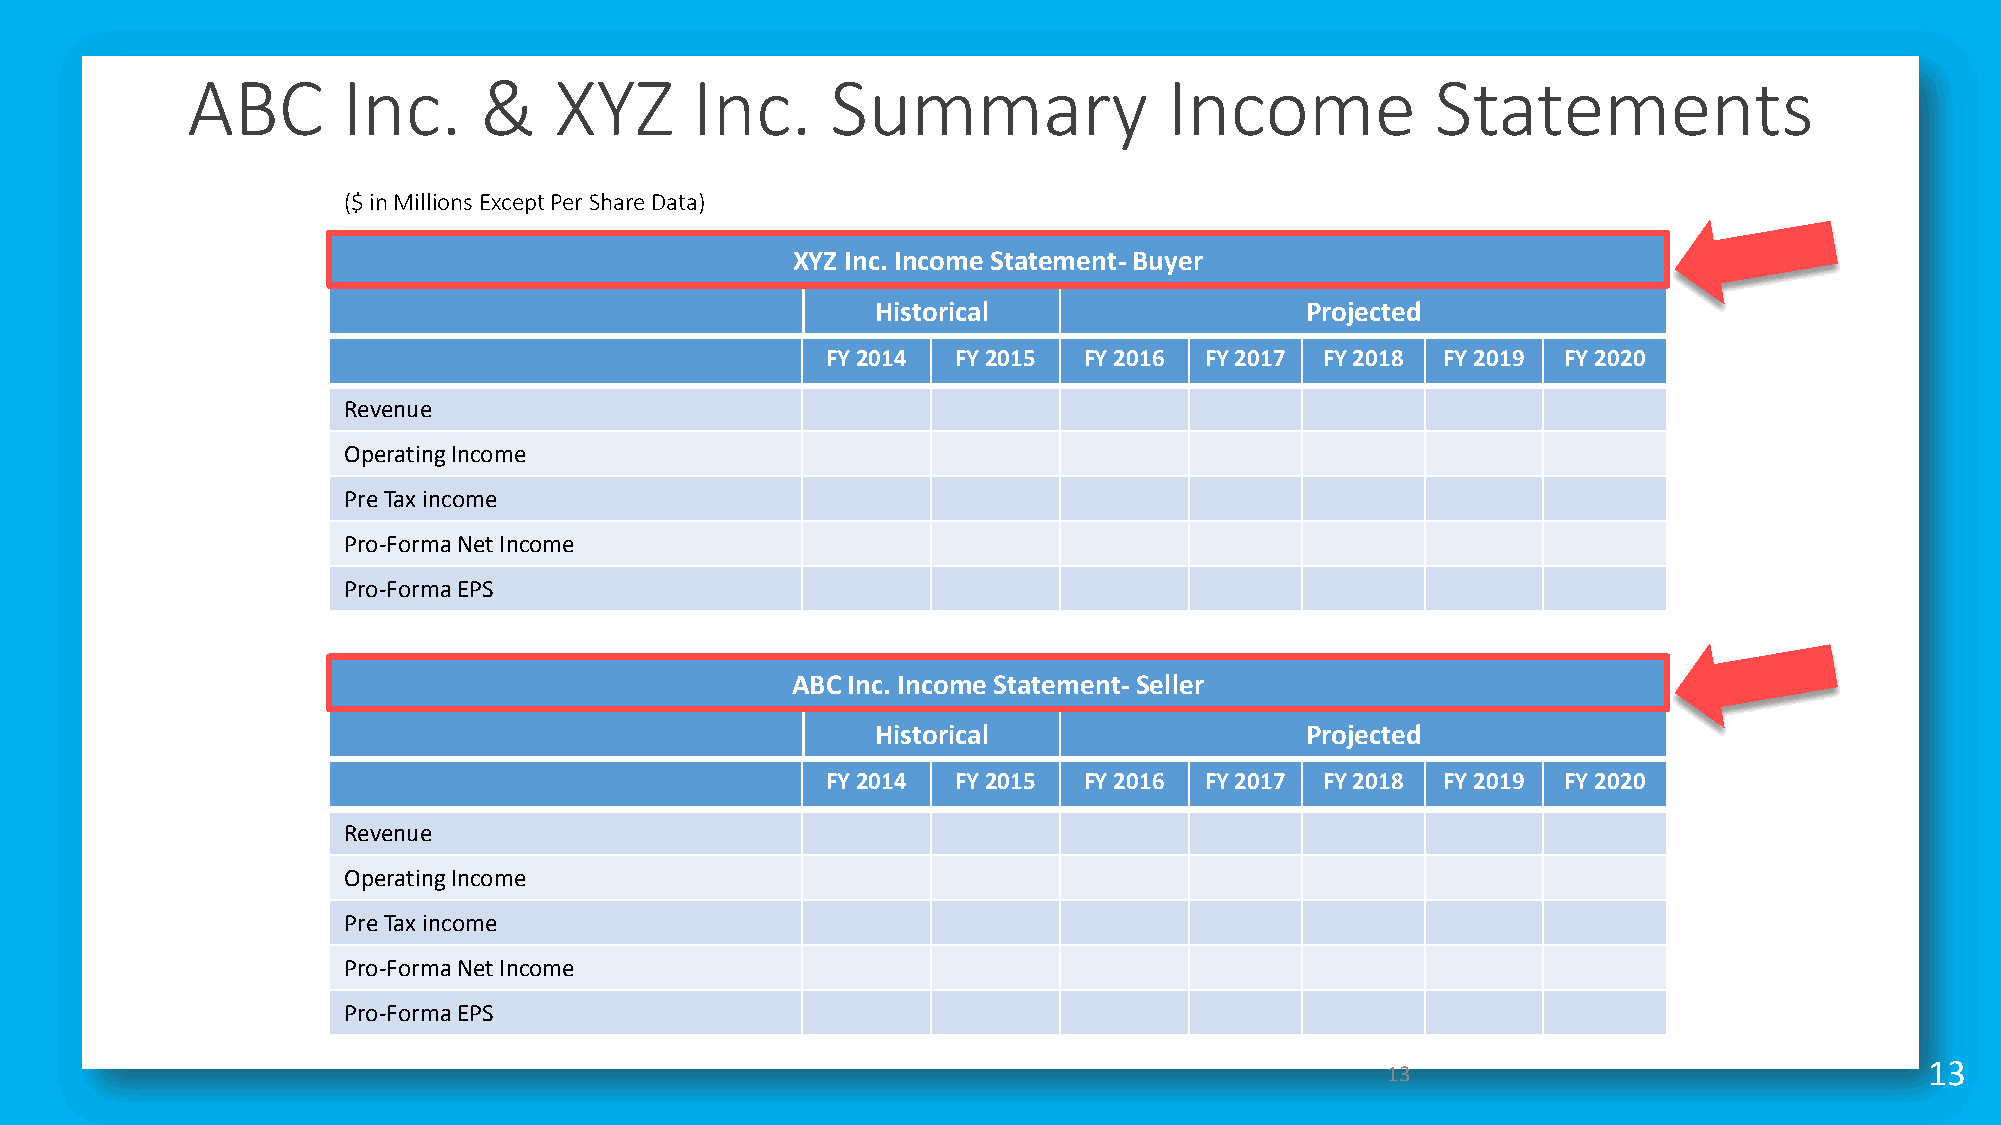
ABC        Inc.     &    XYZ      Inc.     Summary               Income            Statements
 ($ in Millions Except Per Share Data)
 XYZ Inc. Income Statement- Buyer
 Historical                  Projected
 FY 2014 FY 2015  FY 2016 FY 2017 FY 2018 FY 2019 FY 2020
 Revenue
 Operating Income
 Pre Tax income
 Pro-Forma Net Income
 Pro-Forma EPS
 ABC Inc. Income Statement- Seller
 Historical                  Projected
 FY 2014 FY 2015  FY 2016 FY 2017 FY 2018 FY 2019 FY 2020
 Revenue
 Operating Income
 Pre Tax income
 Pro-Forma Net Income
 Pro-Forma EPS
 13                                  13